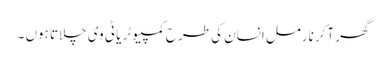
گھر آکر نارمل انسان کی طرح کمپیوٹر یا ٹی وی چلاتا ہوں ۔